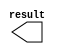
module titles3_y1 (
	result);

	output	[9:0]  result;

endmodule